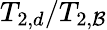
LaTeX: {T_{2,d}}/{T_{2,\mathcal{B}}}